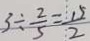
3 \div \frac { 2 } { 5 } = \frac { 1 5 } { 2 }